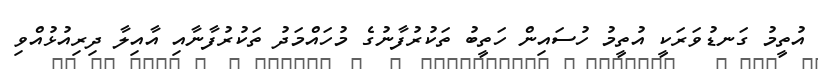
އުތީމު ގަނޑުވަރަކީ އުތީމު ހުސައިން ހަތީބު ތަކުރުފާނުގެ މުހައްމަދު ތަކުރުފާނާއި އާއިލާ ދިރިއުޅުއްވި